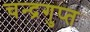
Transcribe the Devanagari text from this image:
चन्‍द्रगुप्‍त